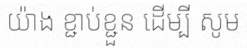
យ៉ាង ខ្ជាប់ខ្ជួន ដើម្បី សូម